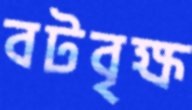
বটবৃক্ষ